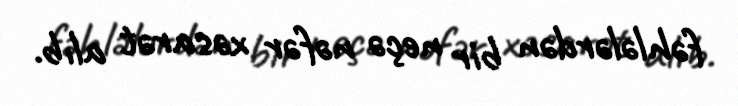
fəhlələrdən bir neçə nəfər xəsarət alıb.